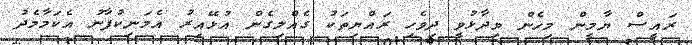
ރައީސް ޔާމީން މިހެން ވިދާޅުވީ ދިވެހި ރައްޔިތަކު ގެއްލިގެން އުޅޭއިރު އެމަނިކުފާނު އެކަމާމެދު